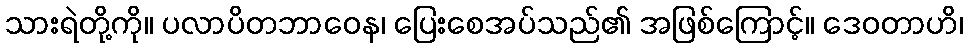
သားရဲတို့ကို။ ပလာပိတဘာဝေန၊ ပြေးစေအပ်သည်၏ အဖြစ်ကြောင့်။ ဒေဝတာဟိ၊